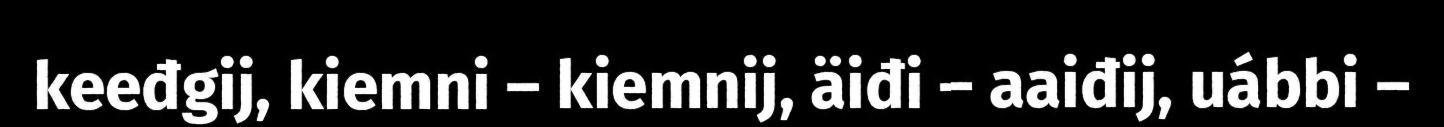
keeđgij, kiemni – kiemnij, äiđi – aaiđij, uábbi –